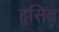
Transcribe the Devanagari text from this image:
हृसित